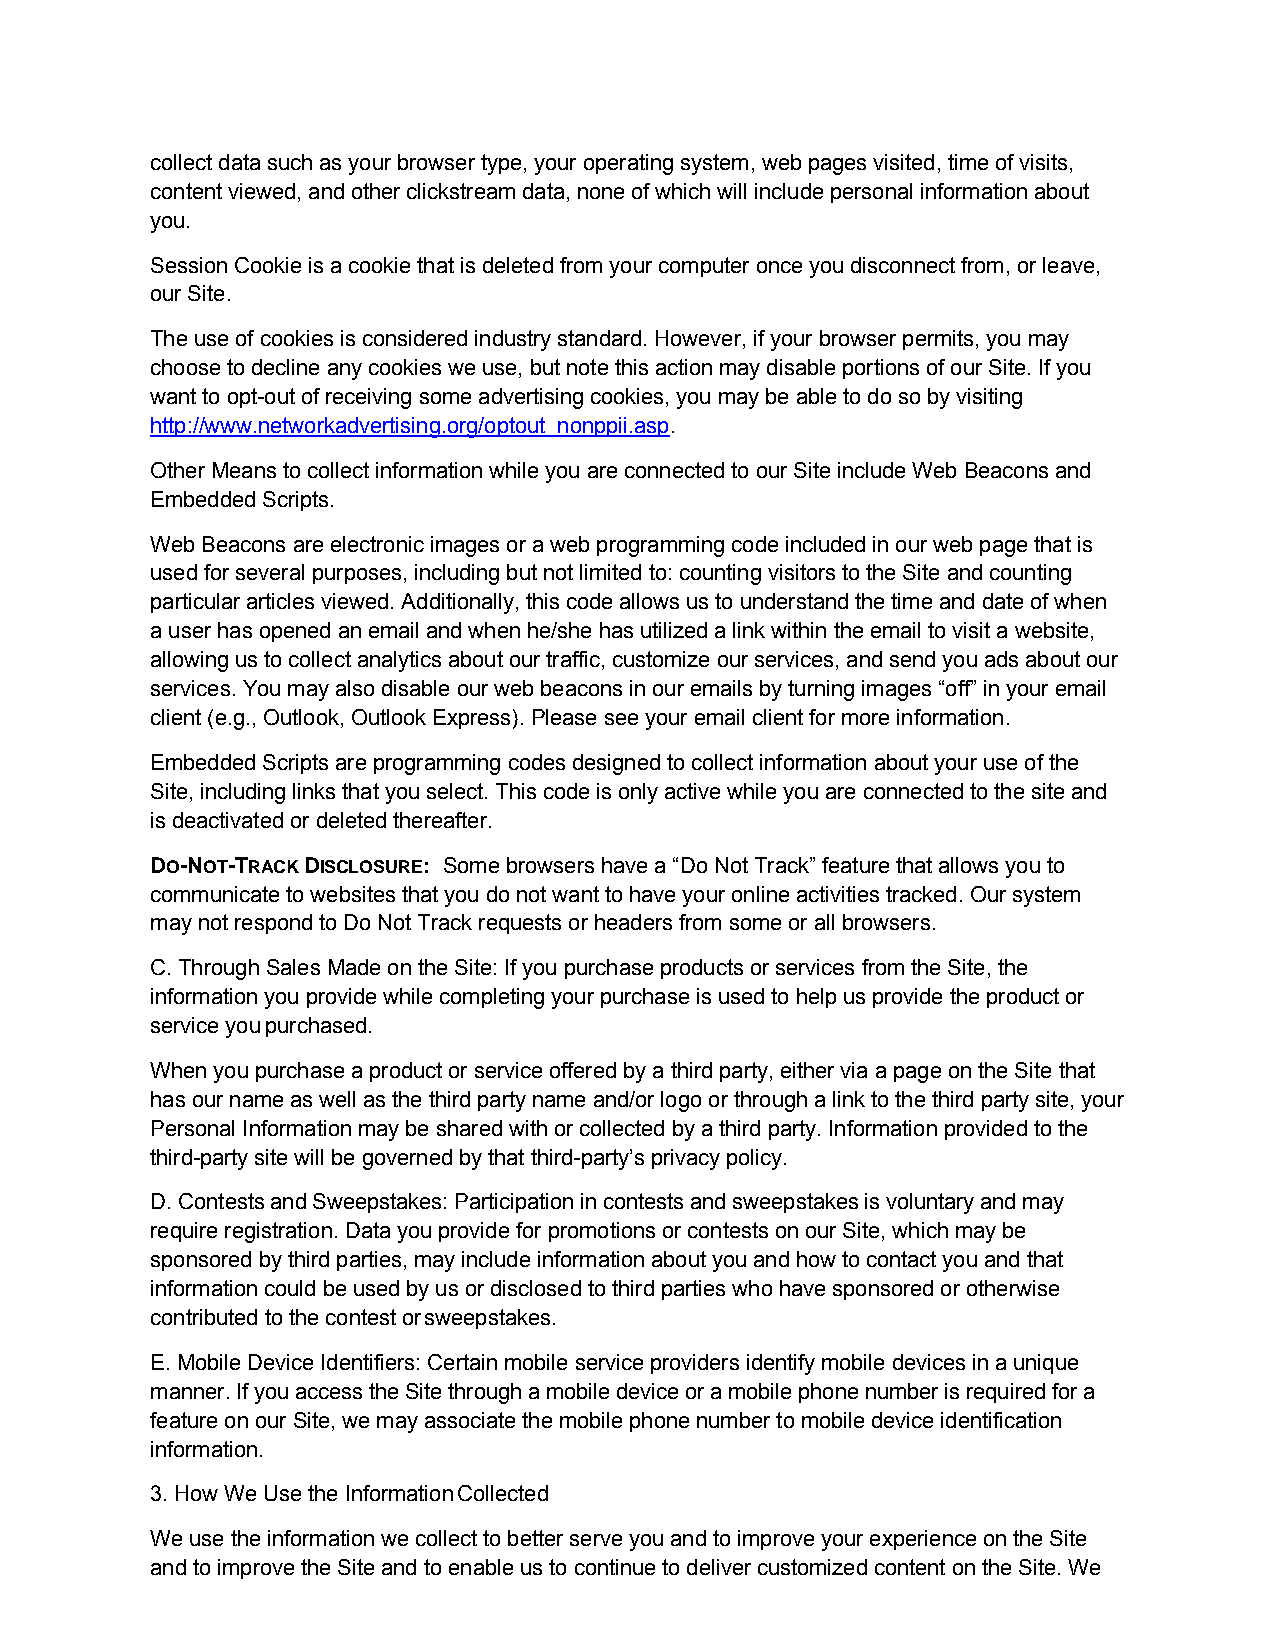
collect data such as your browser type, your operating system, web pages visited, time of visits,
 content viewed, and other clickstream data, none of which will include personal information about
 you.
 Session Cookie is a cookie that is deleted from your computer once you disconnect from, or leave,
 our Site.
 The use of cookies is considered industry standard. However, if your browser permits, you may
 choose to decline any cookies we use, but note this action may disable portions of our Site. If you
 want to opt-out of receiving some advertising cookies, you may be able to do so by visiting
 http://www.networkadvertising.org/optout_nonppii.asp.
 Other Means to collect information while you are connected to our Site include Web Beacons and
 Embedded Scripts.
 Web Beacons are electronic images or a web programming code included in our web page that is
 used for several purposes, including but not limited to: counting visitors to the Site and counting
 particular articles viewed. Additionally, this code allows us to understand the time and date of when
 a user has opened an email and when he/she has utilized a link within the email to visit a website,
 allowing us to collect analytics about our traffic, customize our services, and send you ads about our
 services. You may also disable our web beacons in our emails by turning images “off” in your email
 client (e.g., Outlook, Outlook Express). Please see your email client for more information.
 Embedded Scripts are programming codes designed to collect information about your use of the
 Site, including links that you select. This code is only active while you are connected to the site and
 is deactivated or deleted thereafter.
 DO-NOT-TRACK DISCLOSURE: Some browsers have a “Do Not Track” feature that allows you to
 communicate to websites that you do not want to have your online activities tracked. Our system
 may not respond to Do Not Track requests or headers from some or all browsers.
 C.Through Sales Made on the Site: If you purchase products or services from the Site, the
 information you provide while completing your purchase is used to help us provide the product or
 service you purchased.
 When you purchase a product or service offered by a third party, either via a page on the Site that
 has our name as well as the third party name and/or logo or through a link to the third party site, your
 Personal Information may be shared with or collected by a third party. Information provided to the
 third-party site will be governed by that third-party’s privacy policy.
 D.Contests and Sweepstakes: Participation in contests and sweepstakes is voluntary and may
 require registration. Data you provide for promotions or contests on our Site, which may be
 sponsored by third parties, may include information about you and how to contact you and that
 information could be used by us or disclosed to third parties who have sponsored or otherwise
 contributed to the contest or sweepstakes.
 E.Mobile Device Identifiers: Certain mobile service providers identify mobile devices in a unique
 manner. If you access the Site through a mobile device or a mobile phone number is required for a
 feature on our Site, we may associate the mobile phone number to mobile device identification
 information.
 3. How We Use the Information Collected
 We use the information we collect to better serve you and to improve your experience on the Site
 and to improve the Site and to enable us to continue to deliver customized content on the Site. We